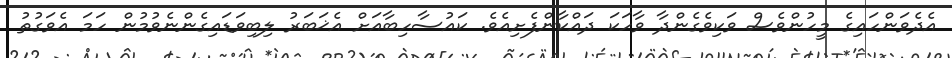
އެދެވަންހައިގެ މީހުންވެސް ވަކިވެގެންދާ ވާހަކަ ދައްކާންފެށިއެވެ. ކައުސާހިބާއަށް އެޚަބަރު ލިބިވަޑައިގެންނެވުމުން ހަމަ އެވަގުތު